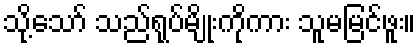
သို့သော် သည်ရုပ်မျိုးကိုကား သူမမြင်ဖူး။